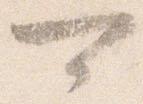
可